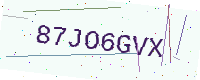
Text: 87JO6GVX